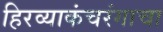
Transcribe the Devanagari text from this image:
हिरव्याकंचरंगाचा